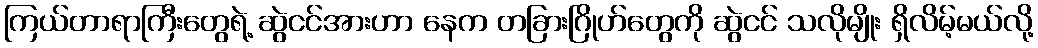
ကြယ်တာရာကြီးတွေရဲ့ ဆွဲငင်အားဟာ နေက တခြားဂြိုဟ်တွေကို ဆွဲငင် သလိုမျိုး ရှိလိမ့်မယ်လို့